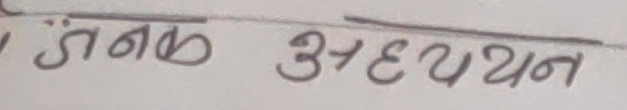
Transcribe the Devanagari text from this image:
जनक अध्ययन